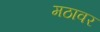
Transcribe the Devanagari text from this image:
मठावर